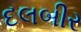
દલબીર